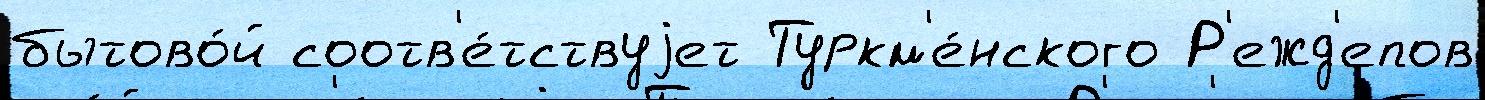
бытово́й соотв'е́тствуjет Туркм'е́нского Р'ежд'епов